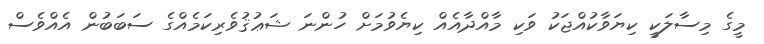
މީގެ މިސާލަކީ ކިޔަވާކުއްޖަކު ވަކި މާއްދާއެއް ކިޔެވުމަށް ހުންނަ ޝަޢުޤުވެރިކަމެއްގެ ސަބަބުން އެއްވެސް